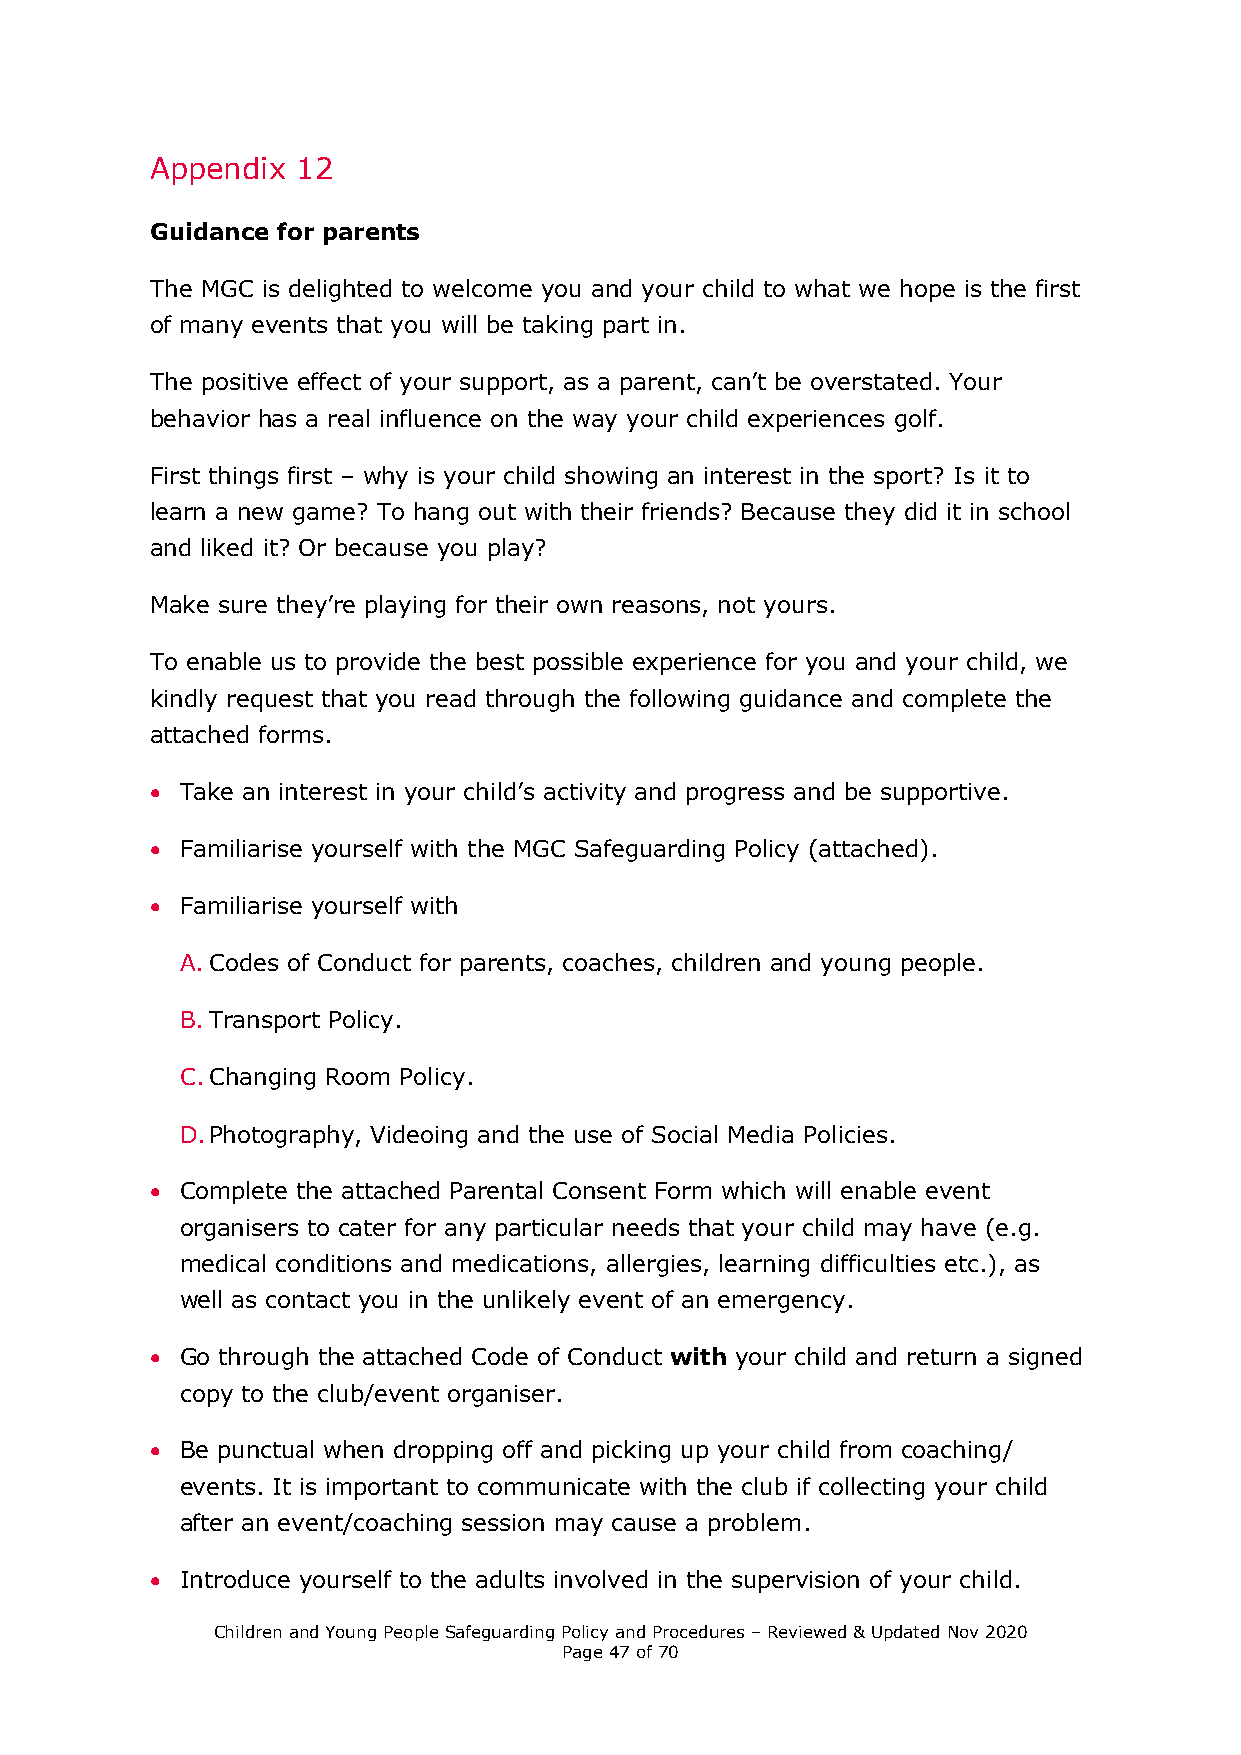
Appendix  12
 Guidance for parents
 The MGC is delighted to welcome you and your child to what we hope is the first
 of many events that you will be taking part in.
 The positive effect of your support, as a parent, can’t be overstated. Your
 behavior has a real influence on the way your child experiences golf.
 First things first – why is your child showing an interest in the sport? Is it to
 learn a new game? To hang out with their friends? Because they did it in school
 and liked it? Or because you play?
 Make sure they’re playing for their own reasons, not yours.
 To enable us to provide the best possible experience for you and your child, we
 kindly request that you read through the following guidance and complete the
 attached forms.
  Take an interest in your child’s activity and progress and be supportive.
  Familiarise yourself with the MGC Safeguarding Policy (attached).
  Familiarise yourself with
 A. Codes of Conduct for parents, coaches, children and young people.
 B. Transport Policy.
 C. Changing Room Policy.
 D. Photography, Videoing and the use of Social Media Policies.
  Complete the attached Parental Consent Form which will enable event
 organisers to cater for any particular needs that your child may have (e.g.
 medical conditions and medications, allergies, learning difficulties etc.), as
 well as contact you in the unlikely event of an emergency.
  Go through the attached Code of Conduct with your child and return a signed
 copy to the club/event organiser.
  Be punctual when dropping off and picking up your child from coaching/
 events. It is important to communicate with the club if collecting your child
 after an event/coaching session may cause a problem.
  Introduce yourself to the adults involved in the supervision of your child.
 Children and Young People Safeguarding Policy and Procedures – Reviewed & Updated Nov 2020
 Page 47 of 70